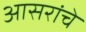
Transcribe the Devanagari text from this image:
आसरांचे